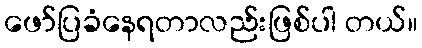
ဖော်ပြခံနေရတာလည်းဖြစ်ပါ တယ်။